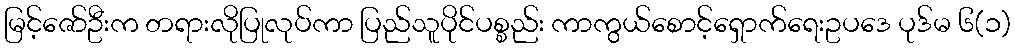
မြင့်ဇော်ဦးက တရားလိုပြုလုပ်ကာ ပြည်သူပိုင်ပစ္စည်း ကာကွယ်စောင့်ရှောက်ရေးဥပဒေ ပုဒ်မ ၆(၁)